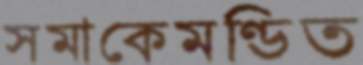
সমাকেমণ্ডিত